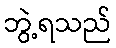
ဘွဲ့ရသည်